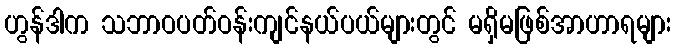
ဟွန်ဒါက သဘာဝပတ်ဝန်းကျင်နယ်ပယ်များတွင် မရှိမဖြစ်အာဟာရများ